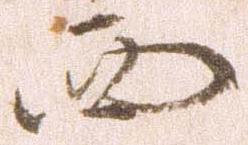
西